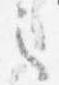
之